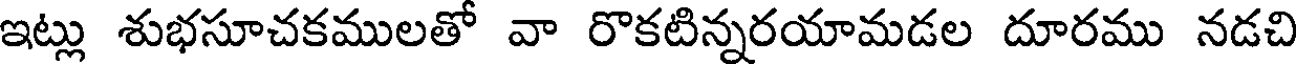
ఇట్లు శుభసూచకములతో వా రొకటిన్నరయామడల దూరము నడచి